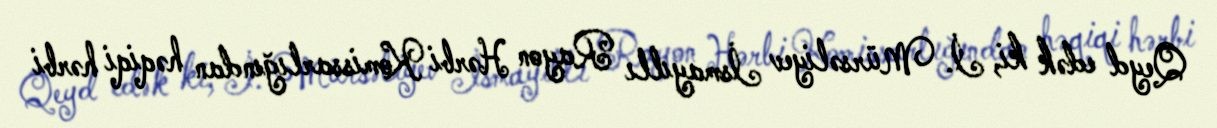
Qeyd edək ki, İ. Mürsəliyev İsmayıllı Rayon Hərbi Komissarlığından həqiqi hərbi